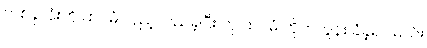
တစ်ခုလုံးကို ထပ်မံ လှည့်လည်ခဲ့ပြီး ဟု ထပ်မံ တိုက်တွန်း ခံခဲ့ရပါမယ်။